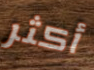
أكثر